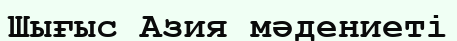
Шығыс Азия мәдениеті